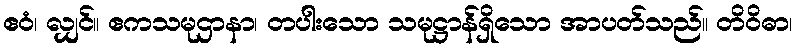
ဧဝံ၊ လျှင်။ ဧကသမုဌာနာ၊ တပါးသော သမုဋ္ဌာန်ရှိသော အာပတ်သည်။ တိဝိဓာ၊